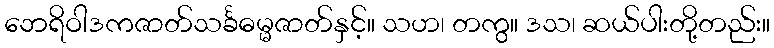
ဘေရိဝါဒကဇာတ်သင်္ခဓမ္မဇာတ်နှင့်။ သဟ၊ တကွ။ ဒသ၊ ဆယ်ပါးတို့တည်း။